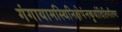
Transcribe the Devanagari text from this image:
गंगायामस्थिनिक्षेपंनकुर्यादितिगौतमः